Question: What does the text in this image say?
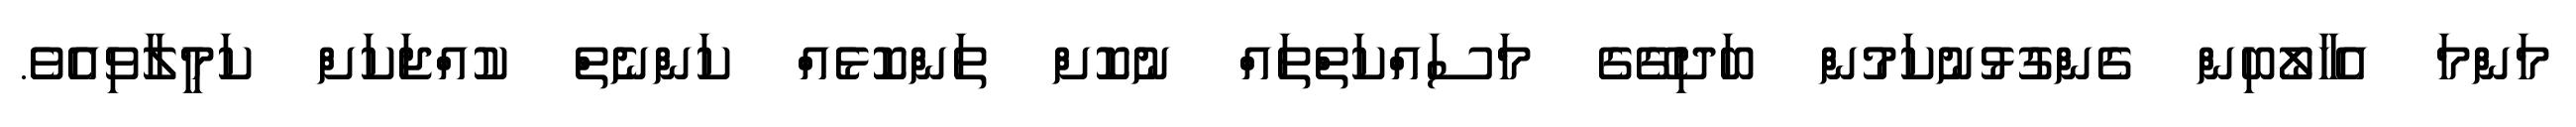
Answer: މަންމަ އެހާލޯބިން ގެންގުޅުނުކަމުން ބަދިގޭގެ މަސައްކަތްތައް ނުކޮށް ތަންކޮޅެއް ކަންނެތް ކުއްޖަކަށް ކަމީލާވިއެވެ.